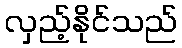
လှည့်နိုင်သည်